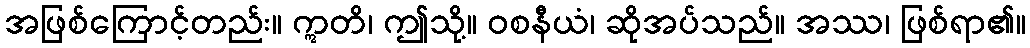
အဖြစ်ကြောင့်တည်း။ ဣတိ၊ ဤသို့။ ဝစနီယံ၊ ဆိုအပ်သည်။ အဿ၊ ဖြစ်ရာ၏။